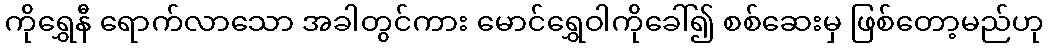
ကိုရွှေနီ ရောက်လာသော အခါတွင်ကား မောင်ရွှေဝါကိုခေါ်၍ စစ်ဆေးမှ ဖြစ်တော့မည်ဟု